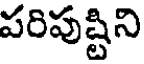
పరిపుష్టిని